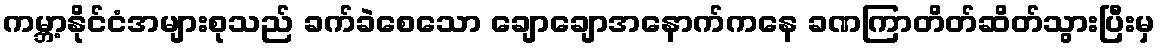
ကမ္ဘာ့နိုင်ငံအများစုသည် ခက်ခဲစေသော ချောချောအနောက်ကနေ ခဏကြာတိတ်ဆိတ်သွားပြီးမှ